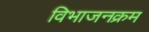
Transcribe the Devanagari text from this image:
विभाजनक्रम